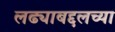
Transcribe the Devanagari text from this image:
लढ्याबद्दलच्या